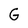
Character: G